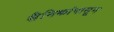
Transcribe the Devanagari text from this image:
सैनिकांपासून